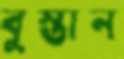
বুস্তান